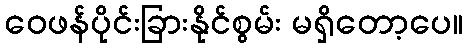
ဝေဖန်ပိုင်းခြားနိုင်စွမ်း မရှိတော့ပေ။